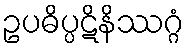
ဥပဓိပ္ပဋိနိဿဂ္ဂံ